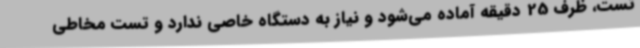
تست، ظرف 25 دقیقه آماده می‌شود و نیاز به دستگاه خاصی ندارد و تست مخاطی